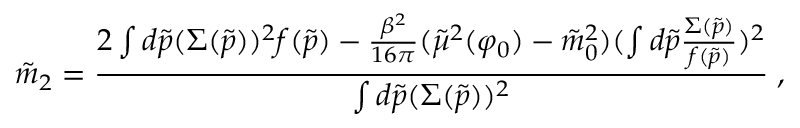
\tilde { m } _ { 2 } = { \frac { 2 \int d \tilde { p } ( \Sigma ( \tilde { p } ) ) ^ { 2 } f ( \tilde { p } ) - { \frac { \beta ^ { 2 } } { 1 6 \pi } } ( \tilde { \mu } ^ { 2 } ( \varphi _ { 0 } ) - \tilde { m } _ { 0 } ^ { 2 } ) ( \int d \tilde { p } { \frac { \Sigma ( \tilde { p } ) } { f ( \tilde { p } ) } } ) ^ { 2 } } { \int d \tilde { p } ( \Sigma ( \tilde { p } ) ) ^ { 2 } } } \; ,